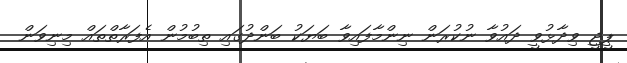
ޕީޖީ ވިދާޅުވީ ދައުވާ ނުކުރަން ނިންމާފައިވާ ބަޔަކު ބަންދުގައި ތިބުމުން އެފަރާތްތައް މިނިވަން